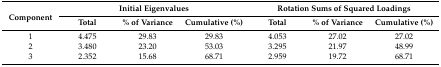
| <ROWSPAN=2> Component | <COLSPAN=3> Initial Eigenvalues | <COLSPAN=3> Rotation Sums of Squared Loadings |
 | Total | % of Variance | Cumulative (%) | Total | % of Variance | Cumulative (%) |
 | --- | --- | --- | --- | --- | --- | --- |
 | 1 | 4.475 | 29.83 | 29.83 | 4.053 | 27.02 | 27.02 |
 | 2 | 3.480 | 23.20 | 53.03 | 3.295 | 21.97 | 48.99 |
 | 3 | 2.352 | 15.68 | 68.71 | 2.959 | 19.72 | 68.71 |